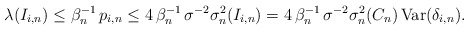
\begin{align*}\lambda (I_{i,n})\leq \beta _{n}^{-1}\,p_{i,n}\leq 4\,\beta_{n}^{-1}\,\sigma ^{-2}\sigma _{n}^{2}(I_{i,n})=4\,\beta _{n}^{-1}\,\sigma^{-2}\sigma _{n}^{2}(C_{n})\,\mbox{{\rm Var}}(\delta _{i,n}). \end{align*}